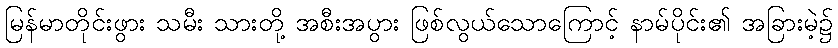
မြန်မာတိုင်းဖွား သမီး သားတို့ အစီးအပွား ဖြစ်လွယ်သောကြောင့် နာမ်ပိုင်း၏ အခြားမဲ့၌